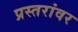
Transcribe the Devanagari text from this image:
प्रस्तरांवर